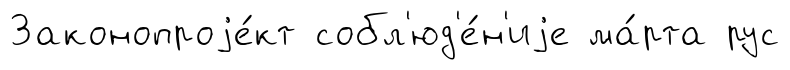
Законопроjе́кт собл'юд'е́н'иjе ма́рта рус